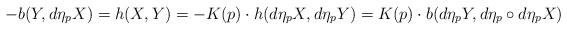
LaTeX: \begin{align*} -b(Y,d\eta_pX) = h(X,Y) = -K(p)\cdot h(d\eta_pX,d\eta_pY) = K(p) \cdot b(d\eta_pY,d\eta_p\circ d\eta_pX)\end{align*}